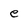
Character: e